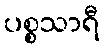
ပစ္စသာရီ